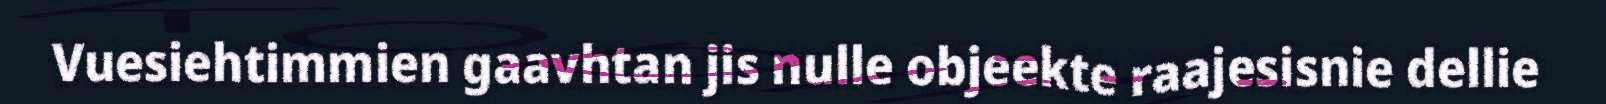
Vuesiehtimmien gaavhtan jis nulle objeekte raajesisnie dellie